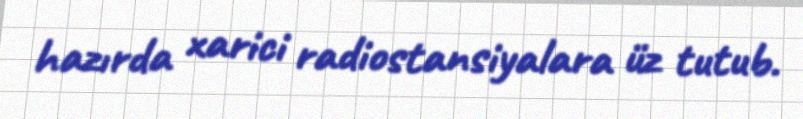
hazırda xarici radiostansiyalara üz tutub.